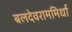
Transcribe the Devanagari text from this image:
बलदेवराममिर्धा